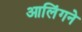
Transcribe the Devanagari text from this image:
आलिंगने